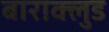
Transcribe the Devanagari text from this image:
बाराक्लुड